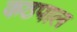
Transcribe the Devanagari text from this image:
कठपाल